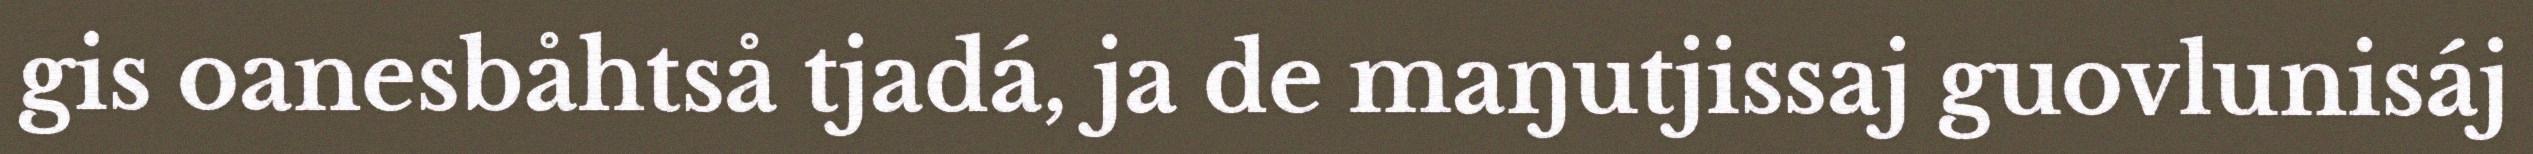
gis oanesbåhtså tjadá, ja de maŋutjissaj guovlunisáj